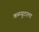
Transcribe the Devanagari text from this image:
कम्प्युटरला